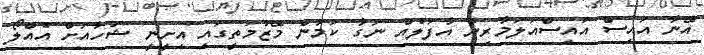
އޭނާ އައިސް އައިސްއަލަމާރިން އާފަލެއް ނަގާ ކަމުން މޭޒުމަތީގައި އިށީނީ ޝުހާއަށް އެއްލޯ